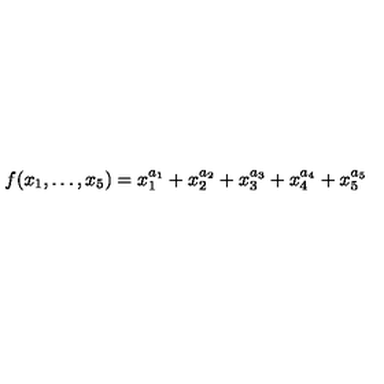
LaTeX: f ( x _ { 1 } , \dots , x _ { 5 } ) = x _ { 1 } ^ { a _ { 1 } } + x _ { 2 } ^ { a _ { 2 } } + x _ { 3 } ^ { a _ { 3 } } + x _ { 4 } ^ { a _ { 4 } } + x _ { 5 } ^ { a _ { 5 } }